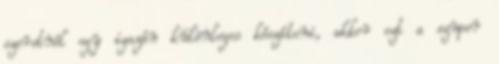
szeretnél egy igazán különleges készíteni, akkor ezt a szuper